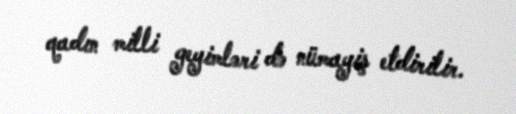
qadın milli geyimləri də nümayiş etdirilir.